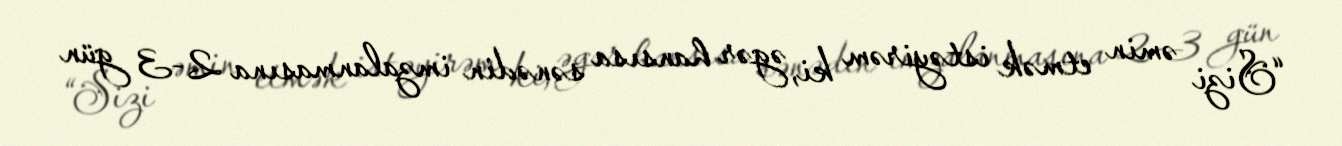
“Sizi əmin etmək istəyirəm ki, əgər hansısa sənədin imzalanmasına 2-3 gün